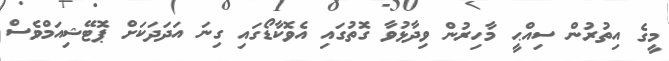
މީގެ އިތުރުން ސިއްޙީ މާހިރުން ވިދާޅުވާ ގޮތުގައި އެވޮކާޑޯގައި ގިނަ އަދަދަކަށް ޕޮޓޭޝިއަމްވެސް